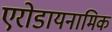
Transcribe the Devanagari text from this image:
एरोडायनामिक